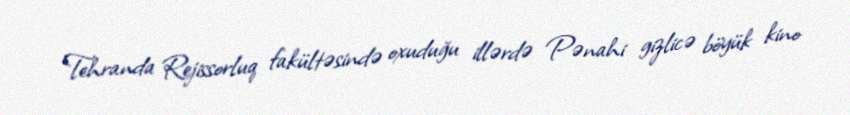
Tehranda Rejissorluq fakültəsində oxuduğu illərdə Pənahi gizlicə böyük kino